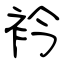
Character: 衿